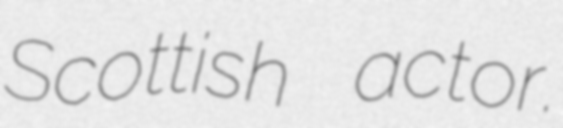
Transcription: Scottish actor.